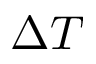
\Delta T